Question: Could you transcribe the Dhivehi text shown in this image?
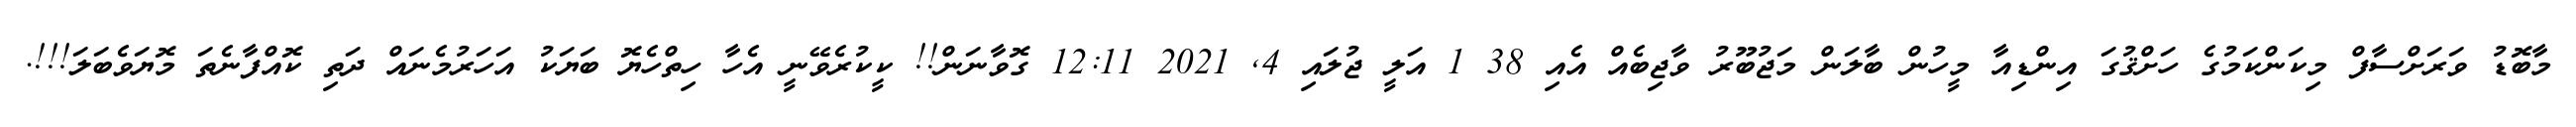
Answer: މާބޮޑު ވަރަށްސާފް މިކަންކަމުގެ ހަށްޤުގަ އިންޑިއާ މީހުން ބާލަން މަޖުބޫރު ވާޖިބެއް އެއި 38 1 އަލީ ޖުލައި 4, 2021 12:11 ގޮވާނަން!! ކީކުރެވޭނީ އެހާ ހިތްހެޔޮ ބަޔަކު އަހަރުމެނައް ދަތި ކޮއްފާނެތަ މޮޔަވެބަލަ!!!.